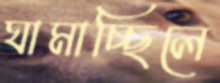
ঘামাচ্ছিলে